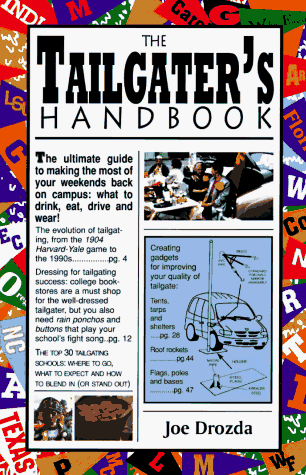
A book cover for The Tailgater's Handbook; Joe Drozda; Cookbooks, Food & Wine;